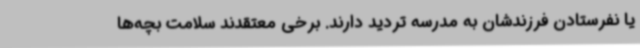
یا نفرستادن فرزندشان به مدرسه تردید دارند. برخی معتقدند سلامت بچه‌ها